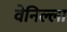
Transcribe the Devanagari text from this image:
वेनिल्ला